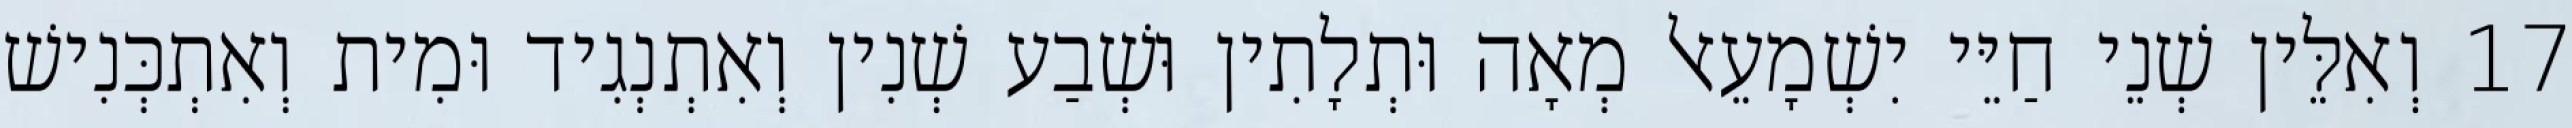
17 וְאִלֵּין שְׁנֵי חַיֵּי יִשְׁמָעֵאל מְאָה וּתְלָתִין וּשְׁבַע שְׁנִין וְאִתְנְגִיד וּמִית וְאִתְכְּנִישׁ